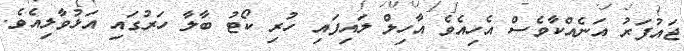
ޖައުފަރު އަނެއްކާވެސް އެހިއެވެ އާހިލް ލައިފައި ހުރި ކޯޓު ބާލާ ހަރުގައި އަޅުވާލިއެވެ.